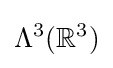
\Lambda ^{3}(\mathbb {R} ^{3})